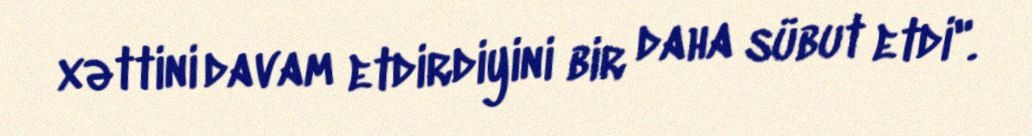
xəttini davam etdirdiyini bir daha sübut etdi".